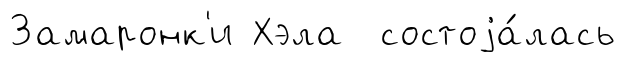
Замаронк'и Хэла состоjа́лась